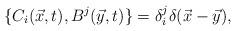
LaTeX: \begin{align*}\{ C_i (\vec{x},t), B^j(\vec{y},t)\} =\delta^j_i \delta(\vec{x} -\vec{y}) ,\end{align*}